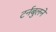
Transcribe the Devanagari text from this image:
टर्नबुलने